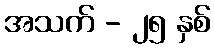
အသက် - ၂၅ နှစ်